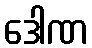
ဒေါဏ